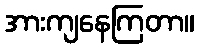
အားကျနေကြတာ။